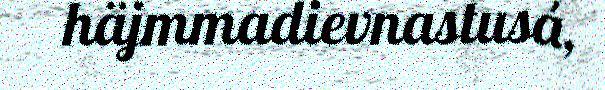
häjmmadievnastusá,